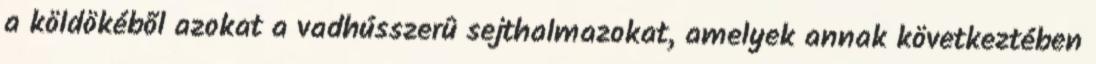
a köldökébõl azokat a vadhússzerû sejthalmazokat, amelyek annak következtében